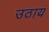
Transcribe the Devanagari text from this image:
उठाय